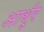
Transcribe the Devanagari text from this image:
आर्थुर